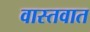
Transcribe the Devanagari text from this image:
वास्‍तवात